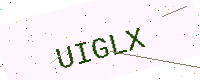
Text: UIGLX